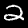
Digit: 2